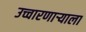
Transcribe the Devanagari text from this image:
उच्चारणाऱ्याला